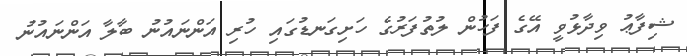
ޝިފާޢު ވިދާޅުވީ އޭގެ ފަހުން ލުތުފަރުގެ ހަށިގަނޑުގައި ހުރި އަންނައުނު ބާލާ އަންނައުނު